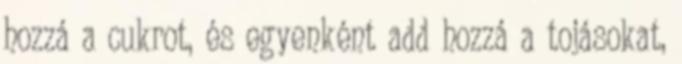
hozzá a cukrot, és egyenként add hozzá a tojásokat,